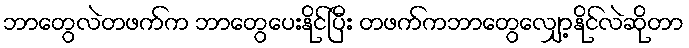
ဘာတွေလဲတဖက်က ဘာတွေပေးနိုင်ပြီး တဖက်ကဘာတွေလျှော့နိုင်လဲဆိုတာ